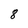
Character: 8